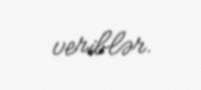
veriblər.